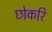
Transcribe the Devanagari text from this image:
छोकरि